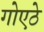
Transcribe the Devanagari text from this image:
गोएठे